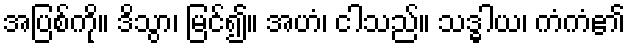
အပြစ်ကို။ ဒိသွာ၊ မြင်၍။ အဟံ၊ ငါသည်။ သဒ္ဓါယ၊ ကံကံ၏